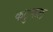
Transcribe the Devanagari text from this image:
कटुफल